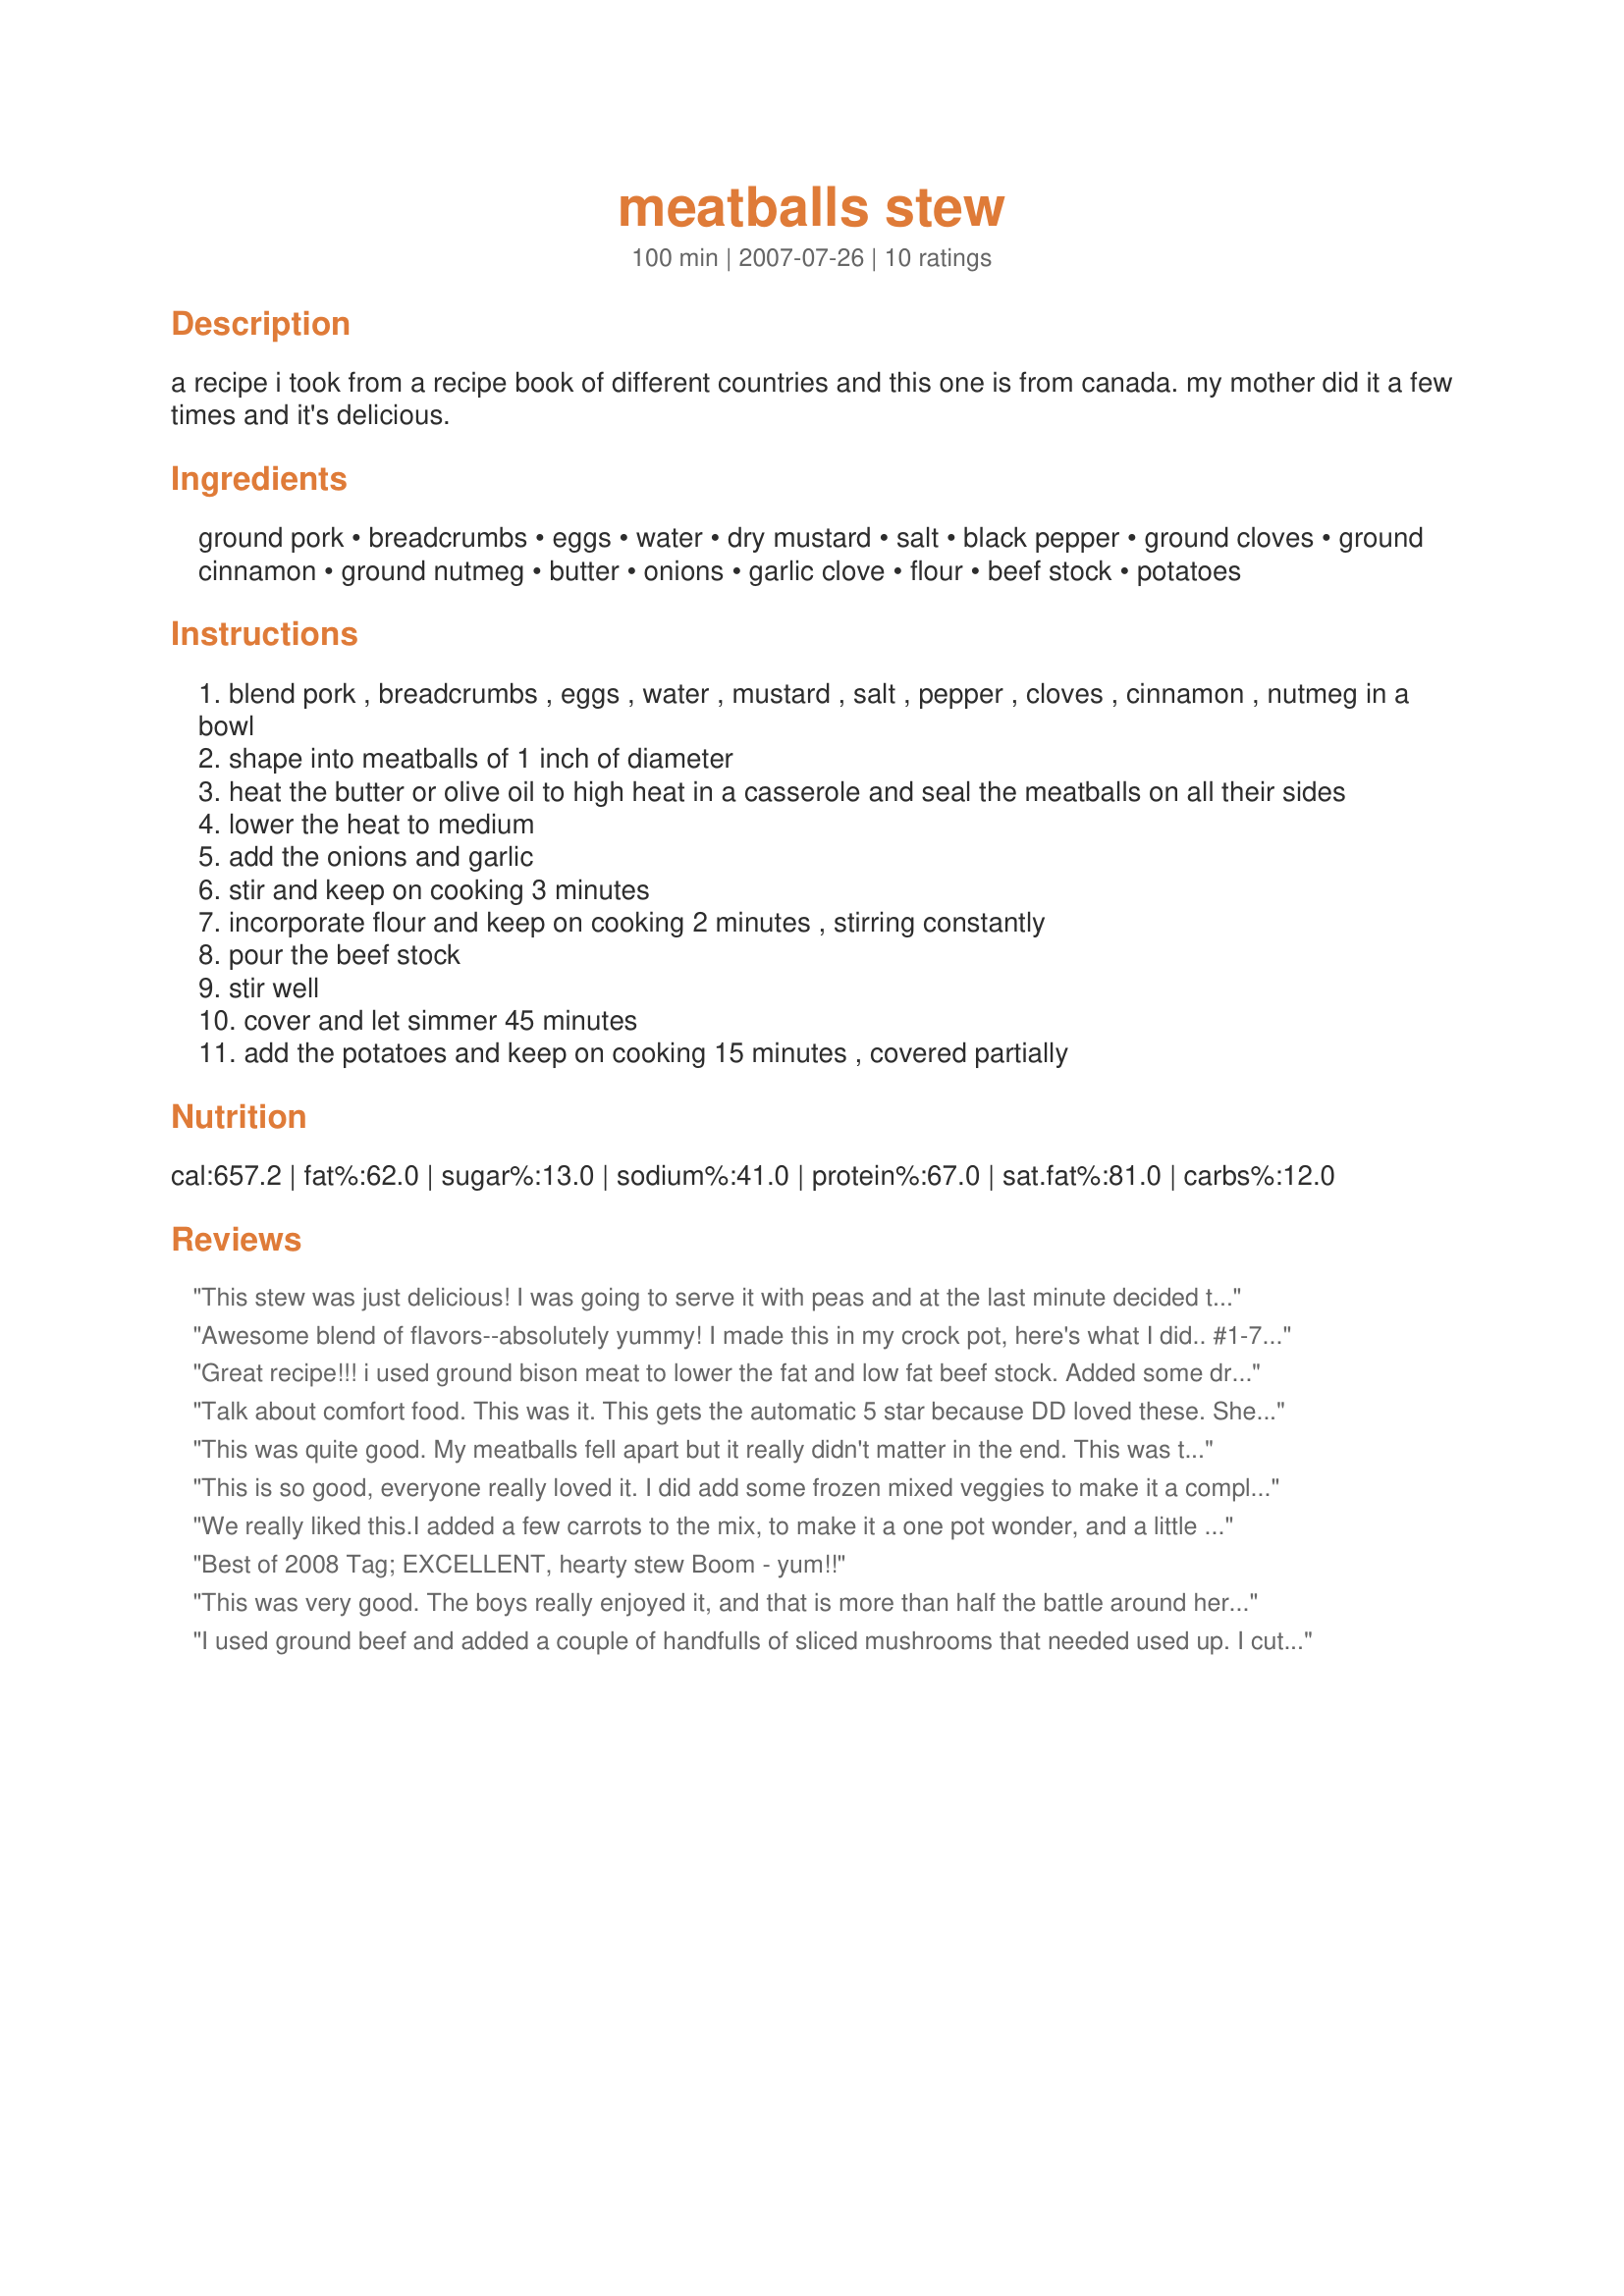
meatballs stew
Preparation time: 100 minutes

a recipe i took from a recipe book of different countries and this one is from canada. my mother did it a few times and it's delicious.

Ingredients:
ground pork, breadcrumbs, eggs, water, dry mustard, salt, black pepper, ground cloves, ground cinnamon, ground nutmeg, butter, onions, garlic clove, flour, beef stock, potatoes

Steps:
blend pork , breadcrumbs , eggs , water , mustard , salt , pepper , cloves , cinnamon , nutmeg in a bowl
shape into meatballs of 1 inch of diameter
heat the butter or olive oil to high heat in a casserole and seal the meatballs on all their sides
lower the heat to medium
add the onions and garlic
stir and keep on cooking 3 minutes
incorporate flour and keep on cooking 2 minutes , stirring constantly
pour the beef stock
stir well
cover and let simmer 45 minutes
add the potatoes and keep on cooking 15 minutes , covered partially

Reviews:
This stew was just delicious! I was going to serve it with peas and at the last minute decided to save a pot and just add them to the stew. I really enjoyed the combination of spices - they made this stew unique. Pure comfort food - we loved it!
Awesome blend of flavors--absolutely yummy! I made this in my crock pot, here's what I did..
#1-7 directions are the same
#8.Put the potatoes in the crock pot
#9. put the meatballs and sauce over potatoes in crock pot.
#10 let cook on low for 4-5 hours.
It came out great! What a smell to come home to. Thanks Boomette!
Made for ZWT4
Great recipe!!! i used ground bison meat to lower the fat and low fat beef stock. Added some dried cranberries as well to it. The spicing was wonderful :)
Talk about comfort food. This was it. This gets the automatic 5 star because DD loved these. She ate then with mustard :) But DH and I really liked the stew. Be careful to simmer this on LOW. I simmered it too high and had to add about 1/2 cup more broth. I used ground turkey instead of pork, I also browned in a non stick pan with a little cooking spray. Will definately make this again.
This was quite good. My meatballs fell apart but it really didn't matter in the end. This was the perfect comfort food on a cold night.
This is so good, everyone really loved it. I did add some frozen mixed veggies to make it a complete one dish meal and it came out wonderful. I'm thinking of trying it in the crockpot on a day that I have to spend in town. This would be great to come home to. :D
We really liked this.<br/>I added a few carrots to the mix, to make it a one pot wonder, and a little extra stock, that I added a few gravy granules to add the end of cooking time, just to thicken it a little ( the kids like a thicker gravy).<br/>The meatballs had a wonderful texture, and the whole dish tasted great. Real comfort food, made easy.<br/>Made for PRMR.
Best of 2008 Tag; EXCELLENT, hearty stew Boom - yum!!
This was very good. The boys really enjoyed it, and that is more than half the battle around here! Thanks Boomette1!
I used ground beef and added a couple of handfulls of sliced mushrooms that needed used up.
I cut the recipe in half but added the amount of broth . We liked our stew saucy LOL.
Nice flavours and the meatballs were soft and yummy.
I chilled the meat mixture a couple of hours before rolling and cooking.
Made for Everyday is a Holiday Tag
